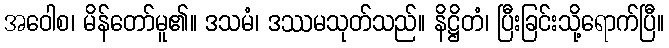
အဝေါစ၊ မိန်တော်မူ၏။ ဒသမံ၊ ဒဿမသုတ်သည်။ နိဋ္ဌိတံ၊ ပြီးခြင်းသို့ရောက်ပြီ။